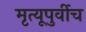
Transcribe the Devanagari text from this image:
मृत्यूपुर्वीच